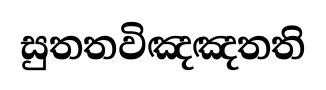
සුතතවිඤඤතති